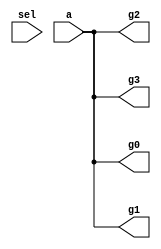

module mod1 ( sel, g0, g1, g2, g3, a );
  input [1:0] sel;
  input a;
  output g0, g1, g2, g3;
  wire   a;
  assign g3 = a;
  assign g2 = a;
  assign g1 = a;
  assign g0 = a;

endmodule